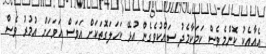
އެއާއެކު ކޮންމެވެސް ކަމަކާމެދު ސައްކުވެގެން އުޅޭ ކަހަލަގޮތަކަށް އަވަސް އަވަހަށް އުމުރު ވެސް